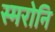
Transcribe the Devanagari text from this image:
स्मरोनि